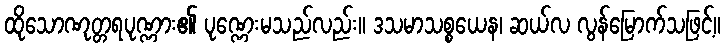
ထိုသောဏုတ္တရပုဏ္ဏား၏ ပုဏ္ဏေးမသည်လည်း။ ဒသမာသစ္စယေန၊ ဆယ်လ လွန်မြောက်သဖြင့်။